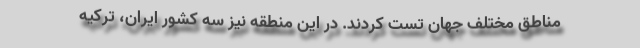
مناطق مختلف جهان تست کردند. در این منطقه نیز سه کشور ایران، ترکیه